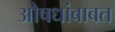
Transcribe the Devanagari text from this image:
औषधांबाबत